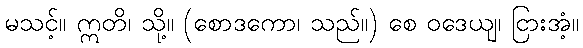
မသင့်။ ဣတိ၊ သို့။ (စောဒကော၊ သည်။) စေ ဝဒေယျ၊ ငြားအံ့။